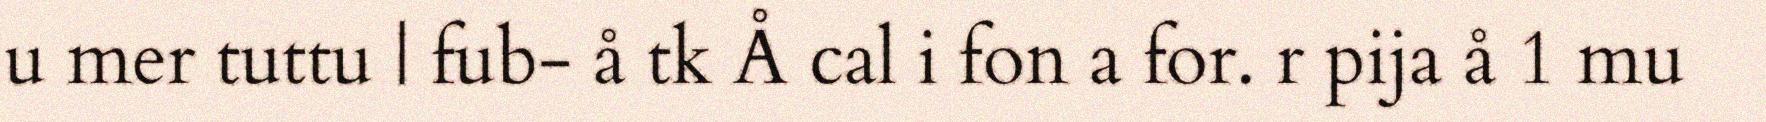
u mer tuttu | fub- å tk Å cal i fon a for. r pija å 1 mu